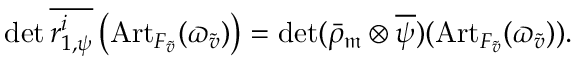
\operatorname* { d e t } \overline { { r _ { 1 , \psi } ^ { i } } } \left( { \operatorname { A r t } } _ { F _ { { \tilde { v } } } } ( \varpi _ { \tilde { v } } ) \right) = \operatorname* { d e t } ( \bar { \rho } _ { \mathfrak { m } } \otimes \overline { { \psi } } ) ( { \operatorname { A r t } } _ { F _ { \tilde { v } } } ( \varpi _ { \tilde { v } } ) ) .